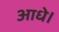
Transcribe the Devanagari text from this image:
आधे।